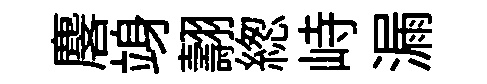
麐竧翿緫峙漏